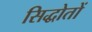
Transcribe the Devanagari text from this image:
सिद्धोतों